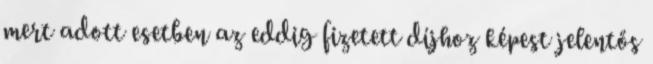
mert adott esetben az eddig fizetett díjhoz képest jelentős